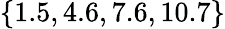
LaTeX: \{ 1.5,4.6,7.6,10.7\}